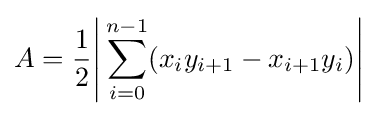
A={\frac {1}{2}}{\Biggl \vert }\sum _{i=0}^{n-1}(x_{i}y_{i+1}-x_{i+1}y_{i}){\Biggr \vert }